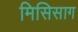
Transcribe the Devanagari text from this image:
मिसिसाग